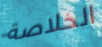
الخلاصة